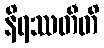
နိရဿတီတိ